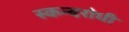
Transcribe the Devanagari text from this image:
स्कन्दरोधी